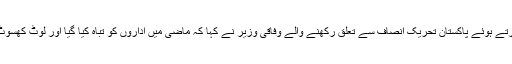
اپوزیشن پر کڑی نکتہ چینی کرتے ہوئے پاکستان تحریک انصاف سے تعلق رکھنے والے وفاقی وزیر نے کہا کہ ماضی میں اداروں کو تباہ کیا گیا اور لوٹ کھسوٹ کر کے جائیدادیں بنائی گئیں۔